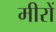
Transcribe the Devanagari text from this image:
मीरों